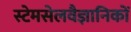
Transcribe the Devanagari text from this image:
स्टेमसेलवैज्ञानिकों